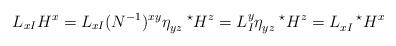
LaTeX: \begin{align*}L_{x I} H^x = L_{xI} (N^{-1})^{ xy} \eta_{yz} ^{\ \ \ \star}H^z=L^y_I \eta_{yz} ^{\ \ \ \star}H^z= L_{xI} ^{\ \ \ \star}H^x\end{align*}